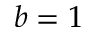
b = 1